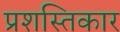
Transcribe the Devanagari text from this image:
प्रशस्तिकार